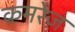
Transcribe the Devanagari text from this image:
कमरेज